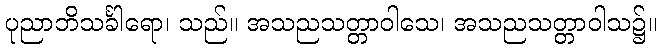
ပုညာဘိသင်္ခါရော၊ သည်။ အသညသတ္တာဝါသေ၊ အသညသတ္တာဝါသ၌။